18_100754_ General 1946-7_Vol_2
Agency: Department of War
Incident date: 12/30/47
Page 14
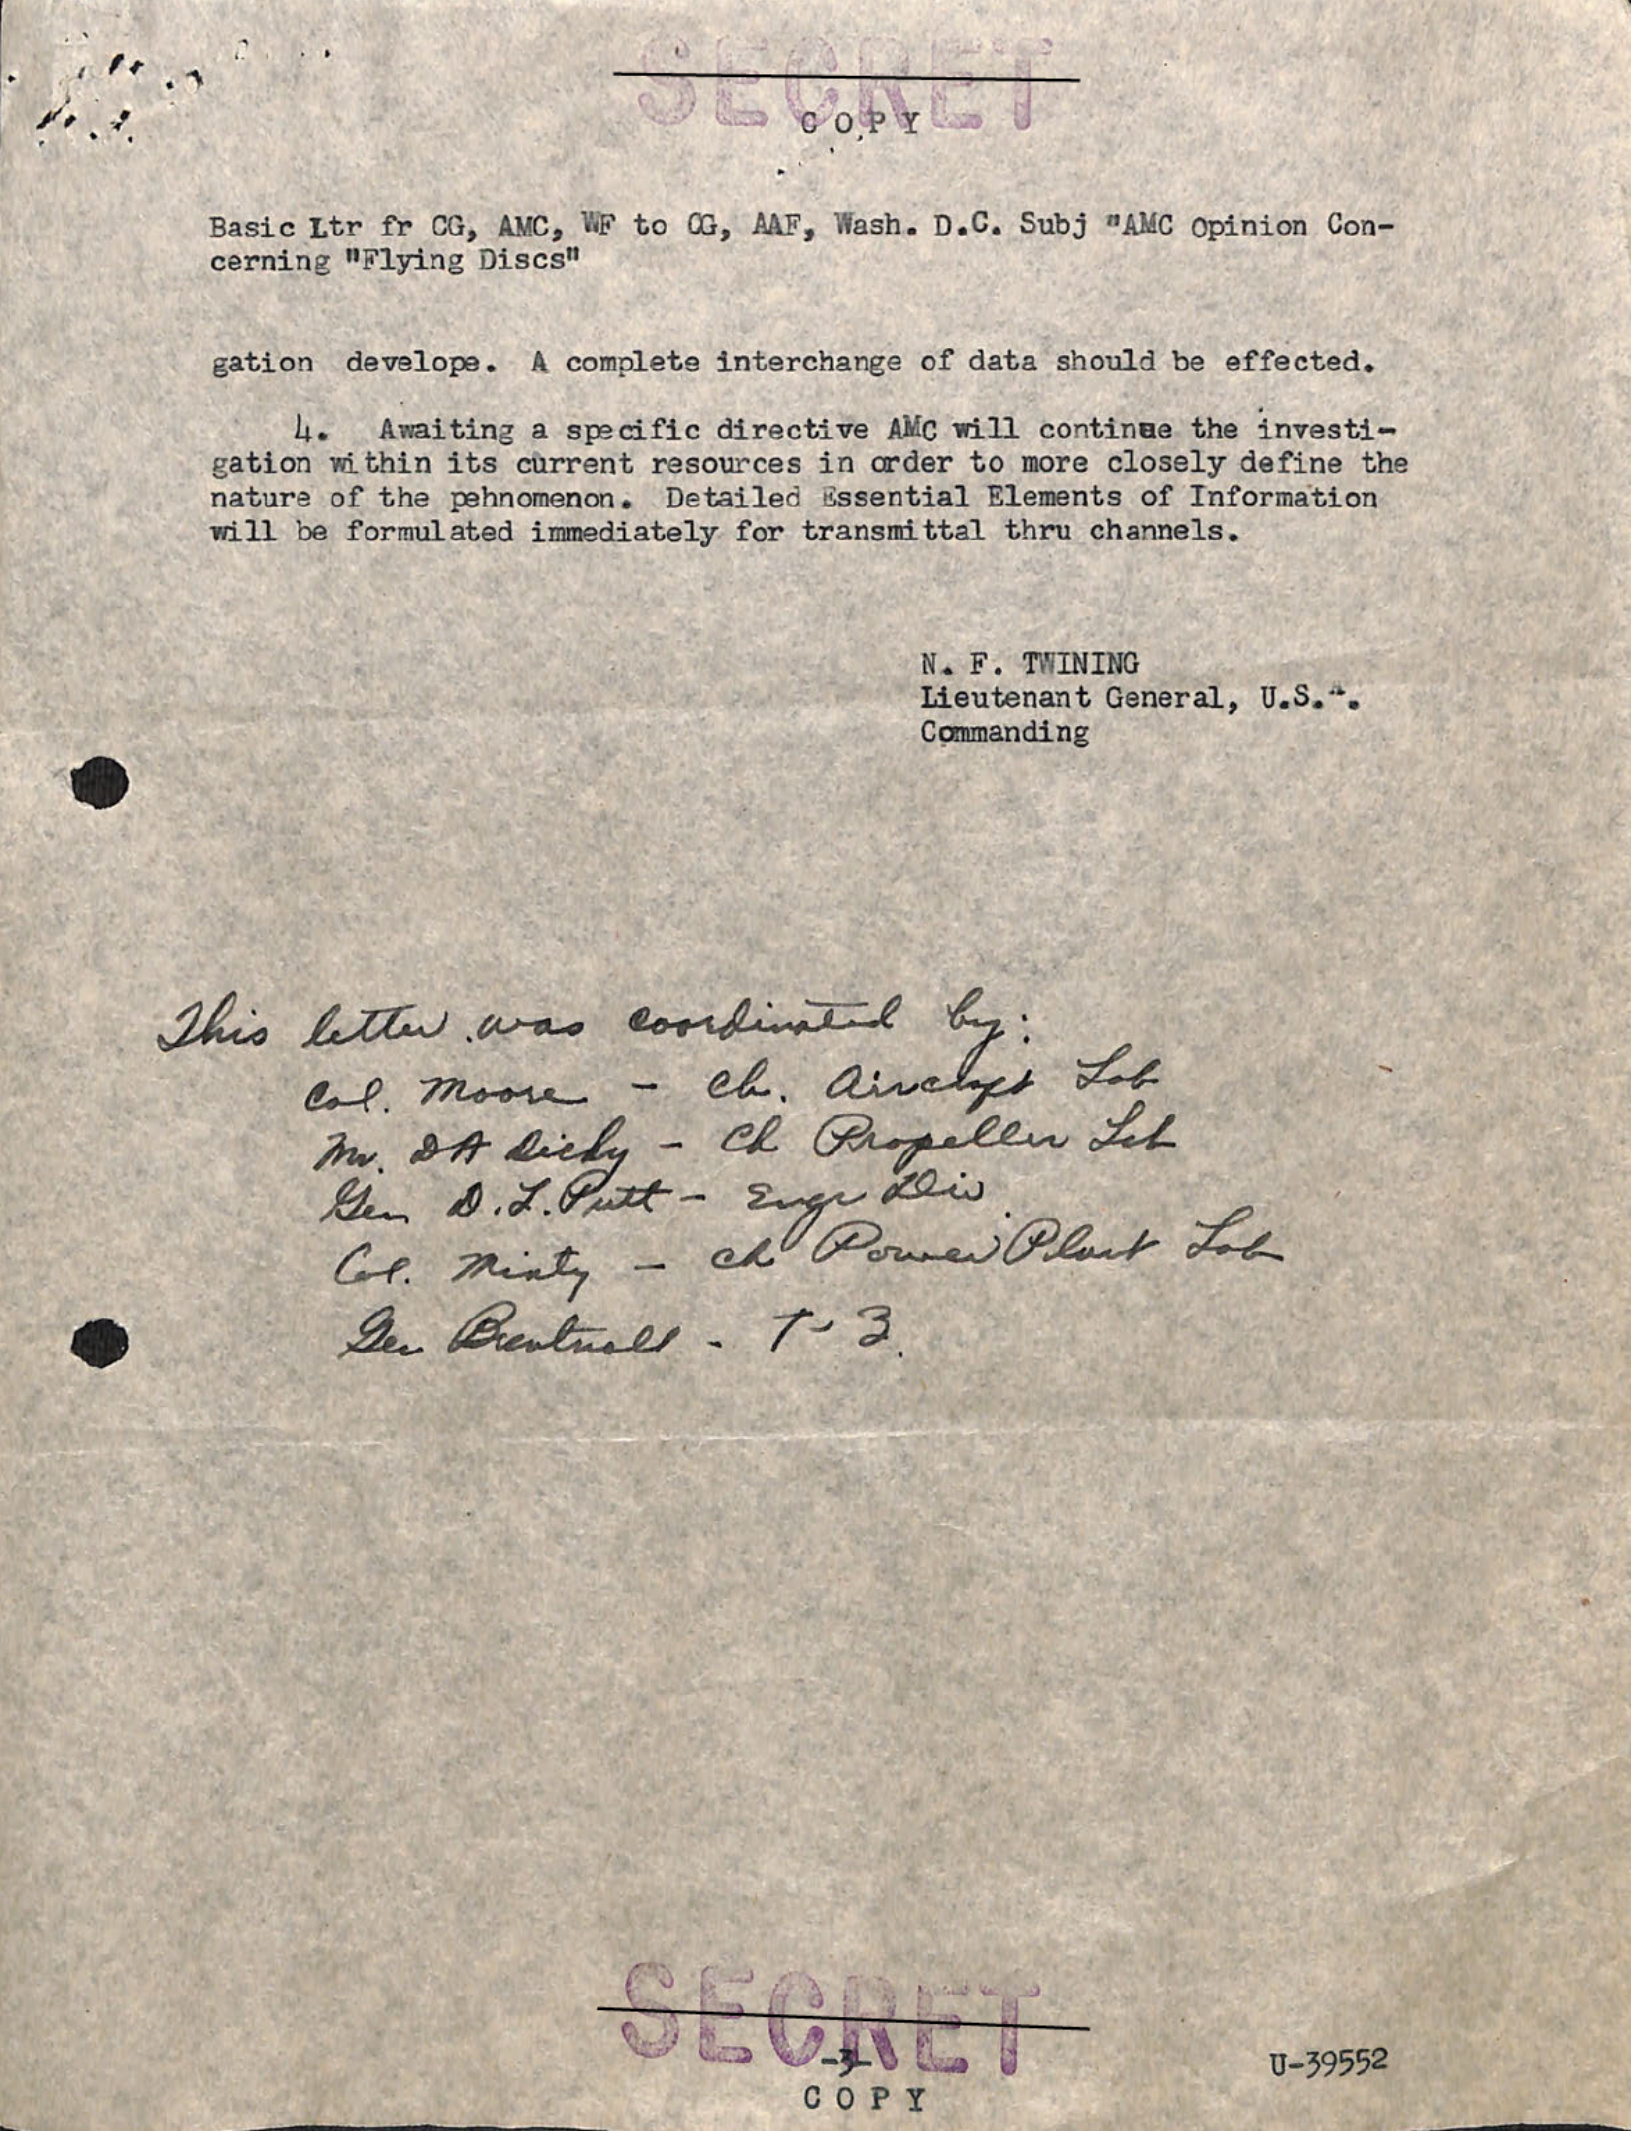